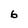
Character: 6